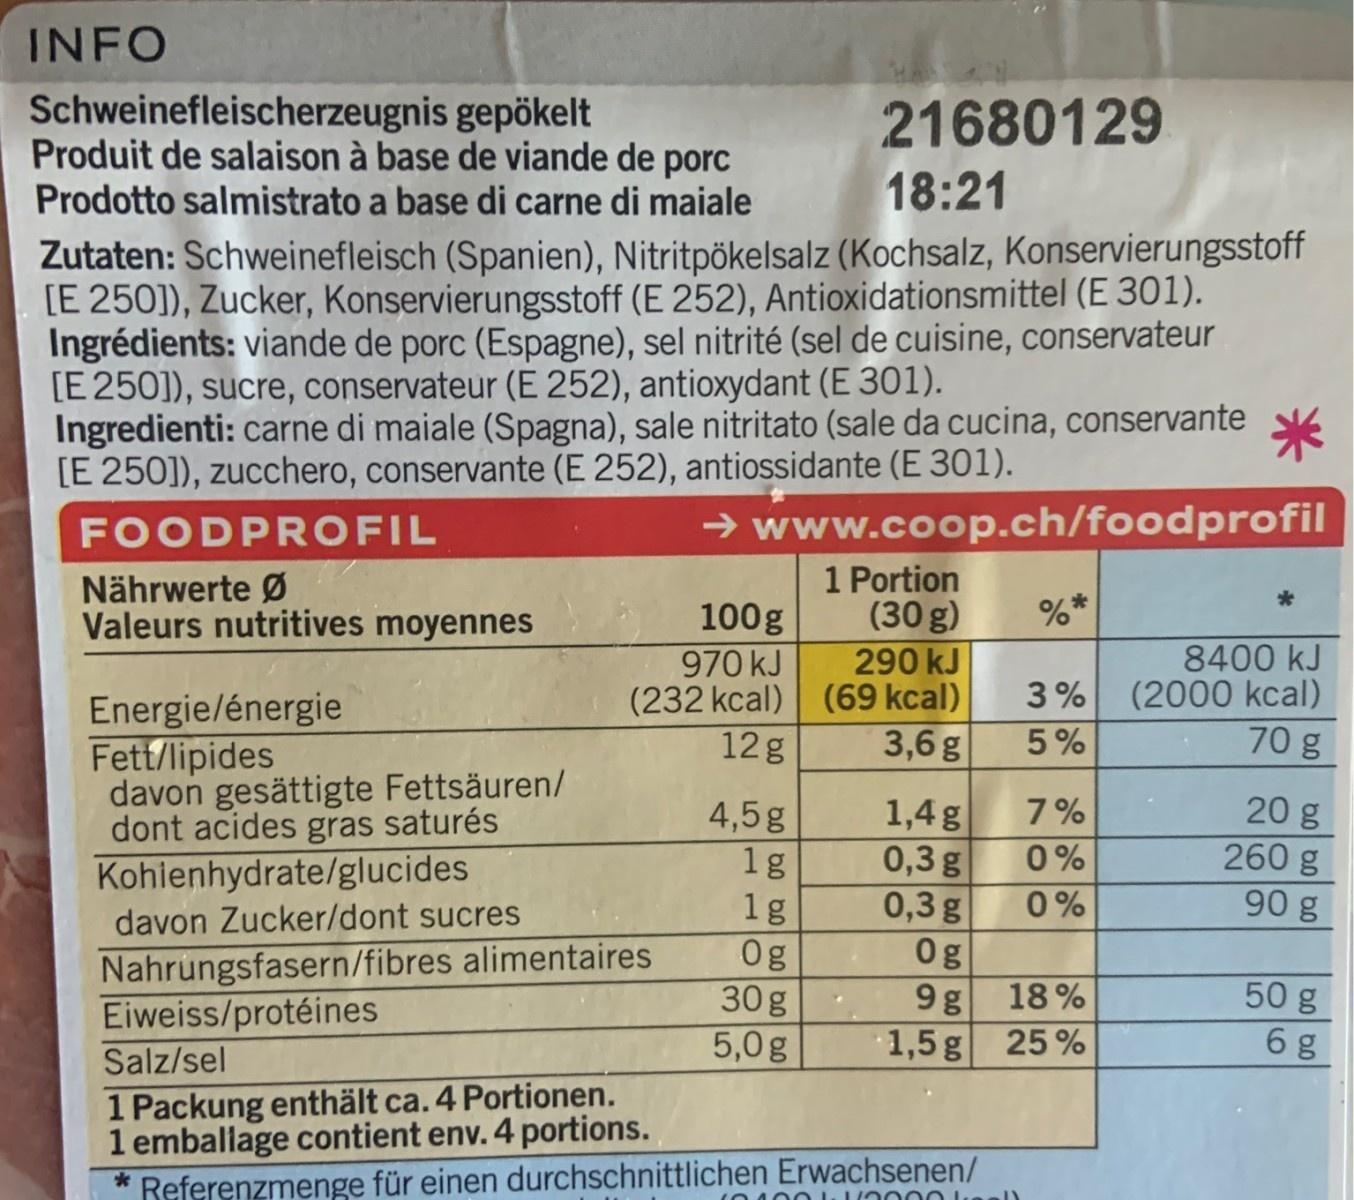
INFO
Schweinefleischerzeugnis gepökelt Produit de salaison à base de viande de porc Prodotto salmistrato a base di carne di maiale
21680129
18:21
Zutaten: Schweinefleisch (Spanien), Nitritpökelsalz (Kochsalz, Konservierungsstoff [E 250]), Zucker, Konservierungsstoff (E 252), Antioxidationsmittel (E 301). Ingrédients: viande de porc (Espagne), sel nitrité (sel de cuisine, conservateur [E 250]), sucre, conservateur (E 252), antioxydant (E 301). Ingredienti: carne di maiale (Spagna), sale nitritato (sale da cucina, conservante [E 250]), zucchero, conservante (E 252), antiossidante (E 301).
米
→ www.coop.ch/foodprofil 1 Portion (30 g)
FOODPROFIL
Nährwerte Ø Valeurs nutritives moyennes
%*
100g
970 kJ (232 kcal) (69 kcal) 12g
8400 kJ (2000 kcal) 70 g
290 kJ
3%
Energie/énergie Fett/lipides davon gesättigte Fettsäuren/ dont acides gras saturés Kohienhydrate/glucides
3,6g
5%
20 g 260 g
1,4g 0,3 g 0,3 g 0g 9 g
7%
4,5g 1g 1g 0g 30 g 5,0g
0 %
0%
90 g
davon Zucker/dont sucres
Nahrungsfasern/fibres alimentaires Eiweiss/protéines
50 g 6 g
18 %
1,5g 25%
Salz/sel
1 Packung enthält ca. 4 Portionen. 1 emballage contient env. 4 portions. Referenzmenge für einen durchschnittlichen Erwachsenen/